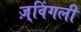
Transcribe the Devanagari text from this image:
ज़्विंगली